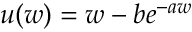
u ( w ) = w - b e ^ { - a w }